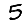
Digit: 5